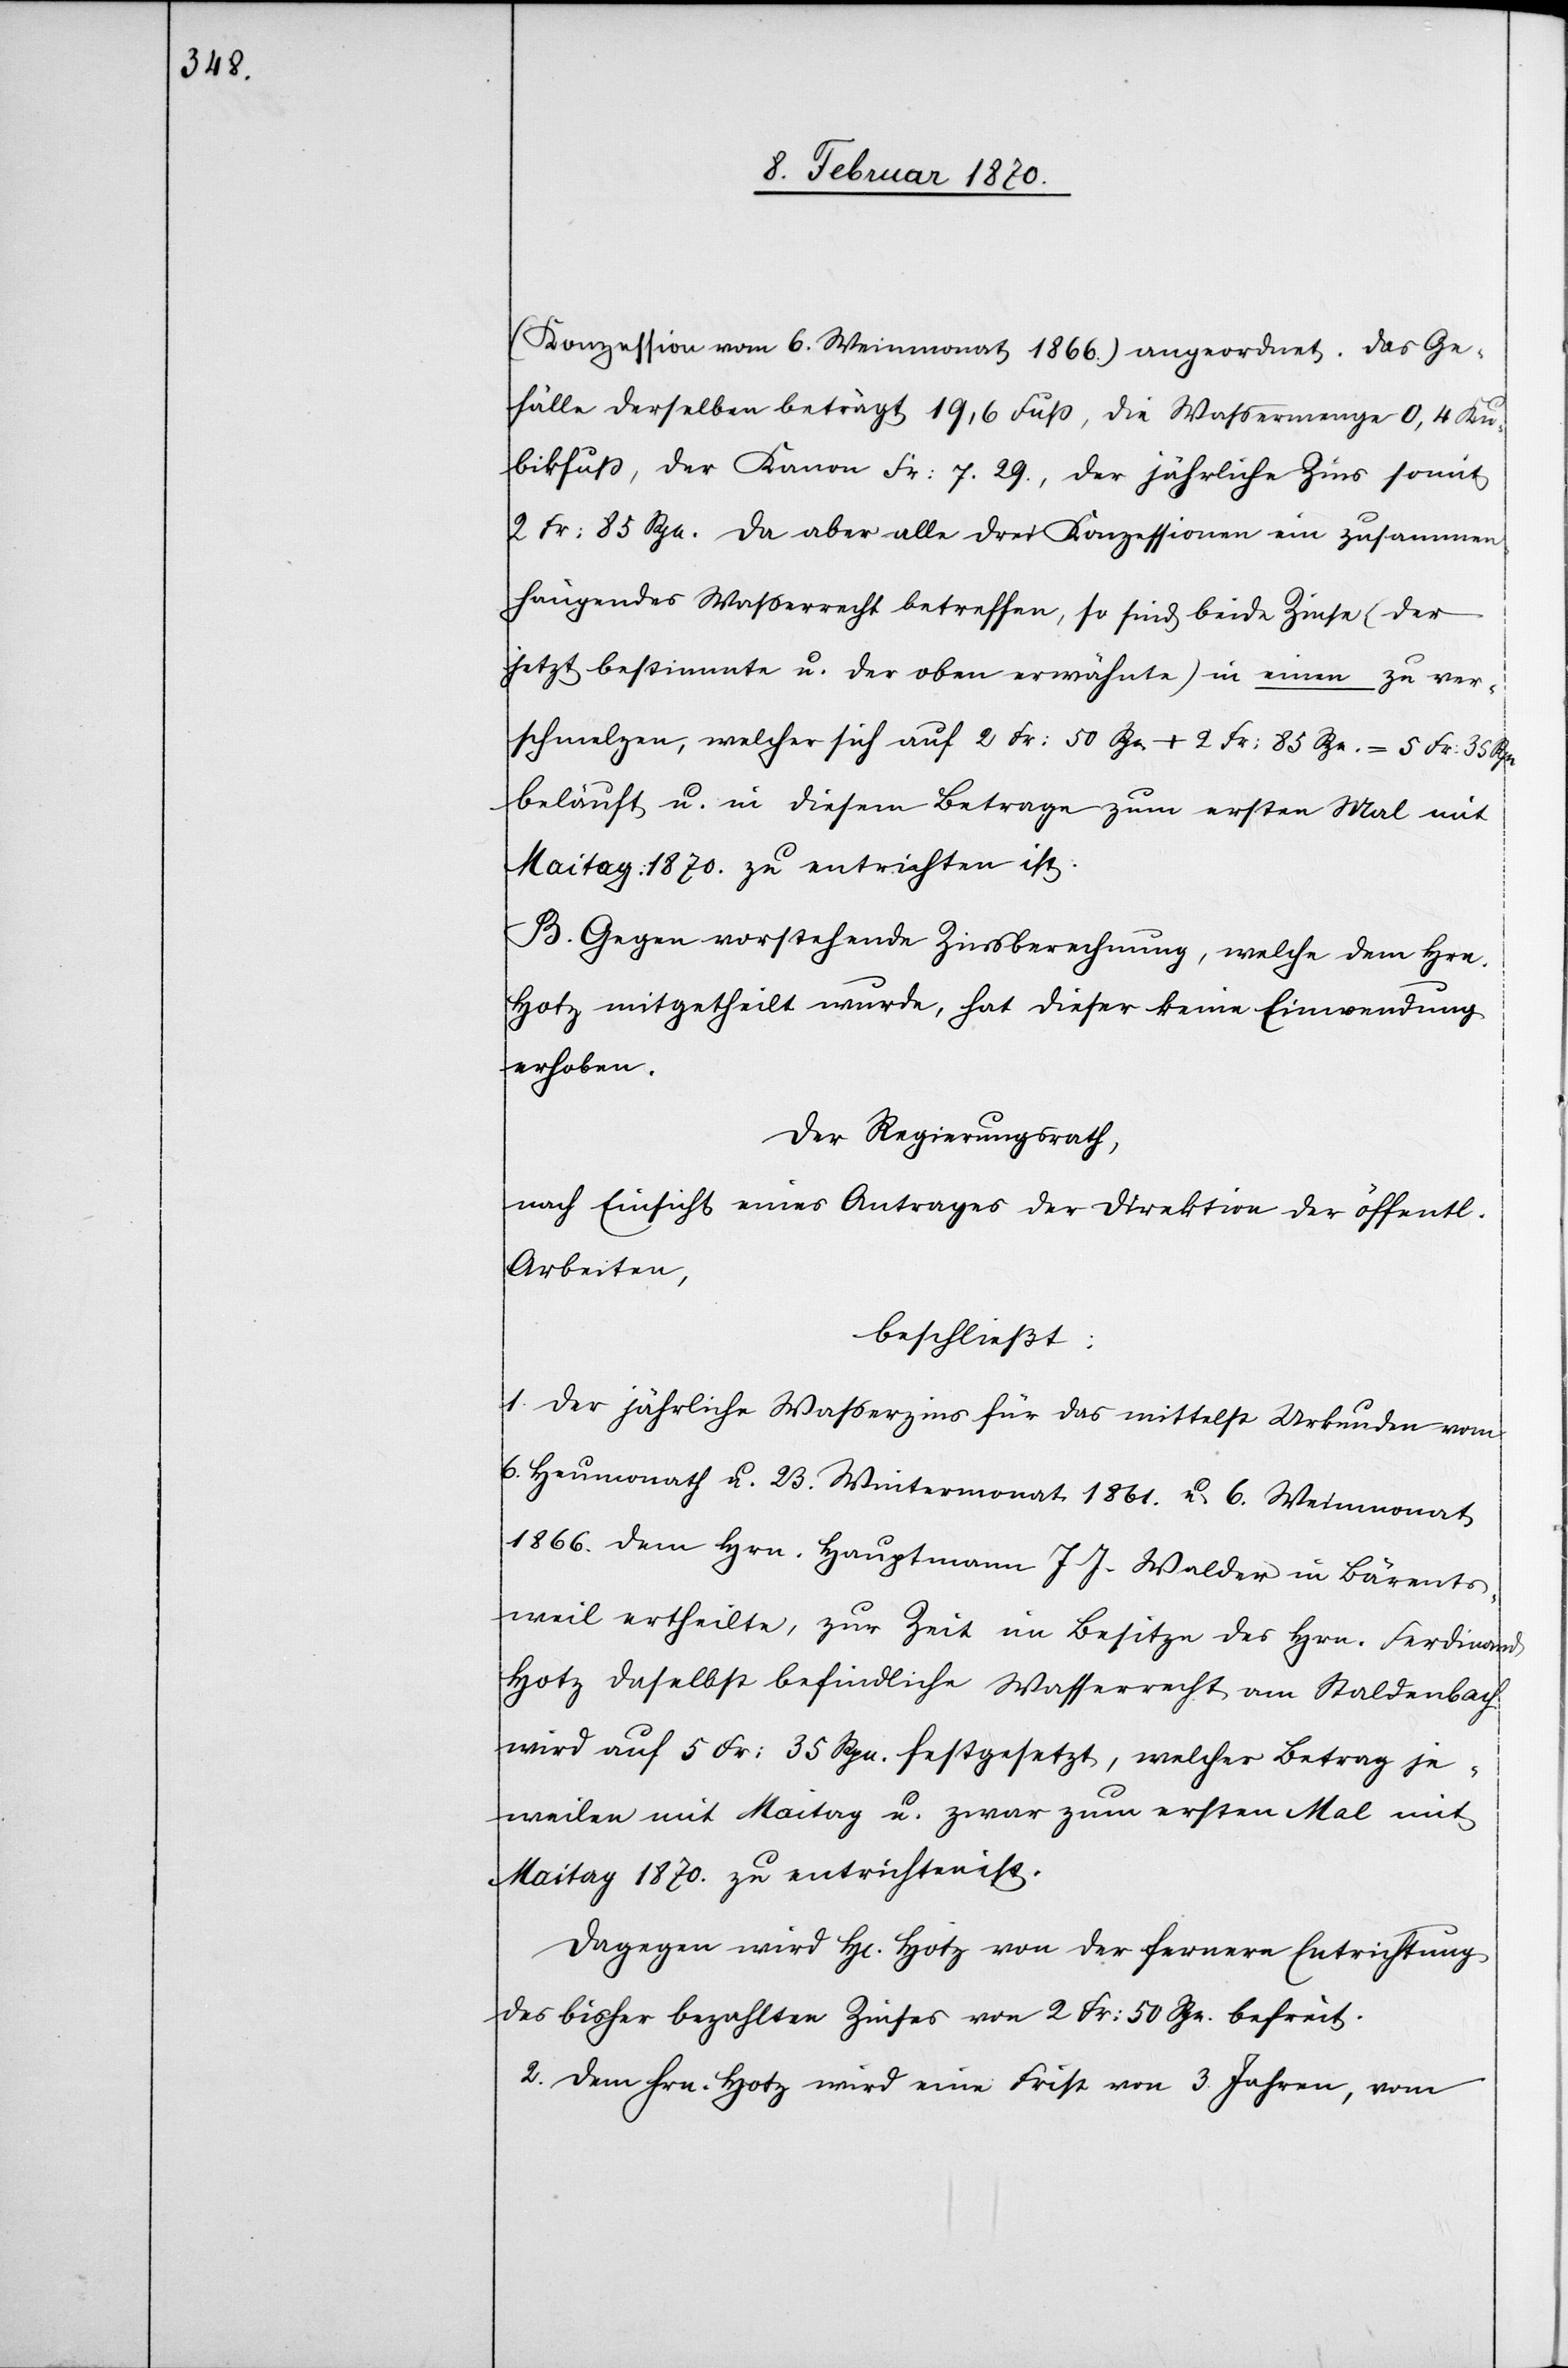
(Konzession vom 6. Weinmonat 1866.) angeordnet. Das Ge¬
fälle derselben beträgt 19,6 Fuß, die Wassermenge 0,4 Ku¬
bikfuss, der Kanon Fr: 7.29., der jährliche Zins somit
2 Fr: 85 Rpn. Da aber alle drei Konzessionen ein zusammen¬
hängendes Wasserrecht betreffen, so sind beide Zinse (der
jetzt bestimmte u. der oben erwähnte) in einen zu ver¬
schmelzen, welcher sich auf 2 Fr: 50 Rpn. + 2 Fr: 85 Rpn. = 5 Fr: 35 Rpn.
beläuft u. in diesem Betrage zum ersten Mal mit
Maitag: 1870. zu entrichten ist.
B. Gegen vorstehende Zinsberechnung, welche dem Hrn.
Hotz mitgetheilt wurde, hat dieser keine Einwendung
erhoben.
Der Regierungsrath,
nach Einsicht eines Antrages der Direktion der öffentl.
Arbeiten,
beschließt:
1. Der jährliche Wasserzins für das mittelst Urkunden vom
6. Heumonath u. 23. Wintermonat 1861. u. 6. Weinmonat
1866. dem Hrn. Hauptmann J. J. Walder in Bärents¬
weil ertheilte, zur Zeit im Besitze des Hrn. Ferdinand
Hotz daselbst befindliche Wasserrecht am Staldenbach
wird auf 5 Fr: 35 Rpn. festgesetzt, welcher Betrag je¬
weilen mit Maitag zwar zum ersten Mal mit
Maitag 1870. zu entrichten ist.
Dagegen wird H[err] Hotz von der fernern Entrichtung
des bisher bezahlten Zinses von 2 Fr: 50 Rpn. befreit.
2. Dem Hrn. Hotz wird eine Frist von 3. Jahren, vom